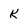
Character: K